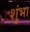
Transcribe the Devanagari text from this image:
शुंभा